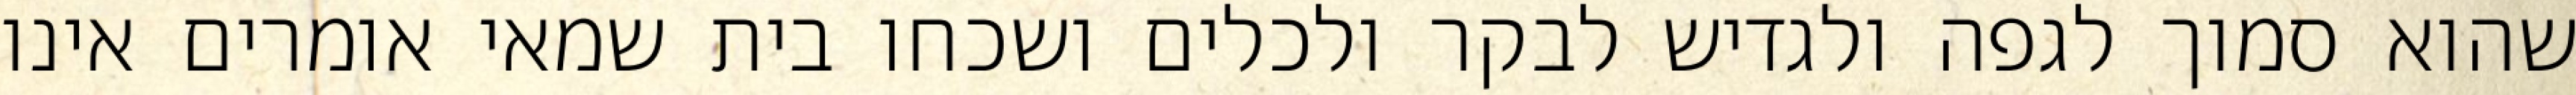
שהוא סמוך לגפה ולגדיש לבקר ולכלים ושכחו בית שמאי אומרים אינו